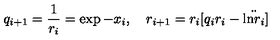
q _ { i + 1 } = { \frac { 1 } { r _ { i } } } = \exp - x _ { i } , \quad r _ { i + 1 } = r _ { i } [ q _ { i } r _ { i } - \ddot { \mathrm { l n } r _ { i } } ]